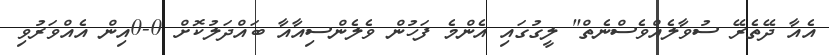
އެއާ ދޭތެރޭ ސުވާލެއްވެސްނެތް" ލީގުގައި އެންމެ ފަހުން ވެލެންސިއާއާ ބައްދަލުކޮށް 0-0އިން އެއްވަރުވި